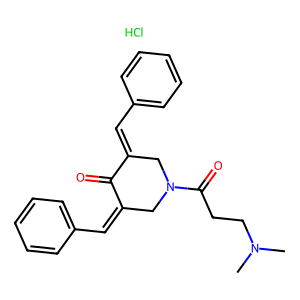
SMILES: CN(C)CCC(=O)N1CC(=Cc2ccccc2)C(=O)C(=Cc2ccccc2)C1.Cl
Inhibits HIV replication: No